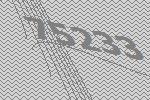
75233